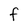
Character: F